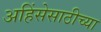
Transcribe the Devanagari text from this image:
अहिंसेसाठीच्या